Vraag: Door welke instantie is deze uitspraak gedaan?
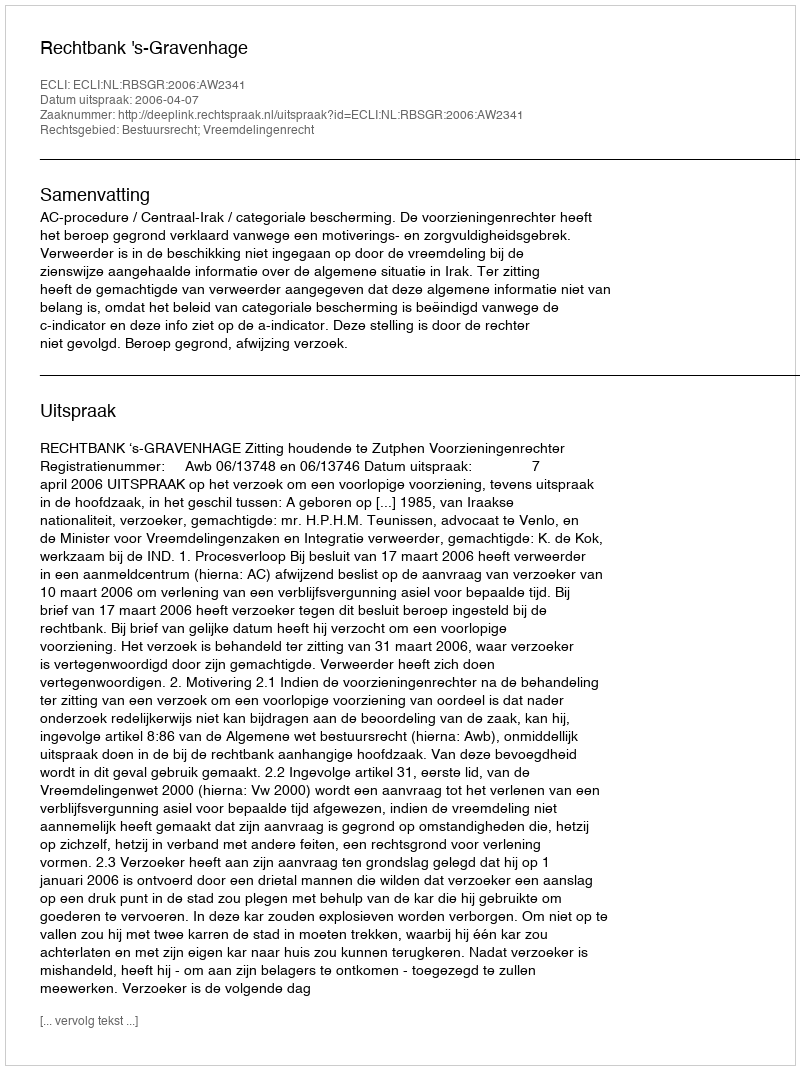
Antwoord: Rechtbank 's-Gravenhage